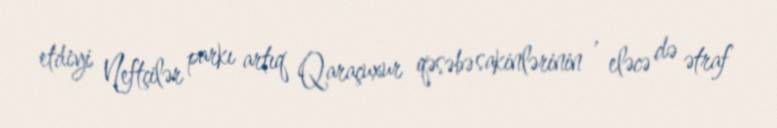
etdiyi Neftçilər parkı artıq Qaraçuxur qəsəbə sakinlərinin , eləcə də ətraf